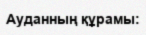
Ауданның құрамы: